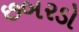
છબરડો